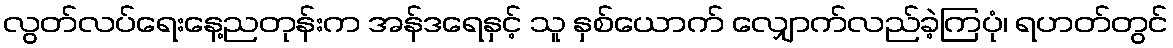
လွတ်လပ်ရေးနေ့ညတုန်းက အန်ဒရေနှင့် သူ နှစ်ယောက် လျှောက်လည်ခဲ့ကြပုံ၊ ရဟတ်တွင်